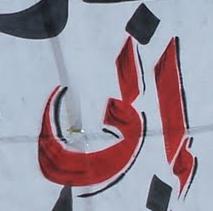
إلى